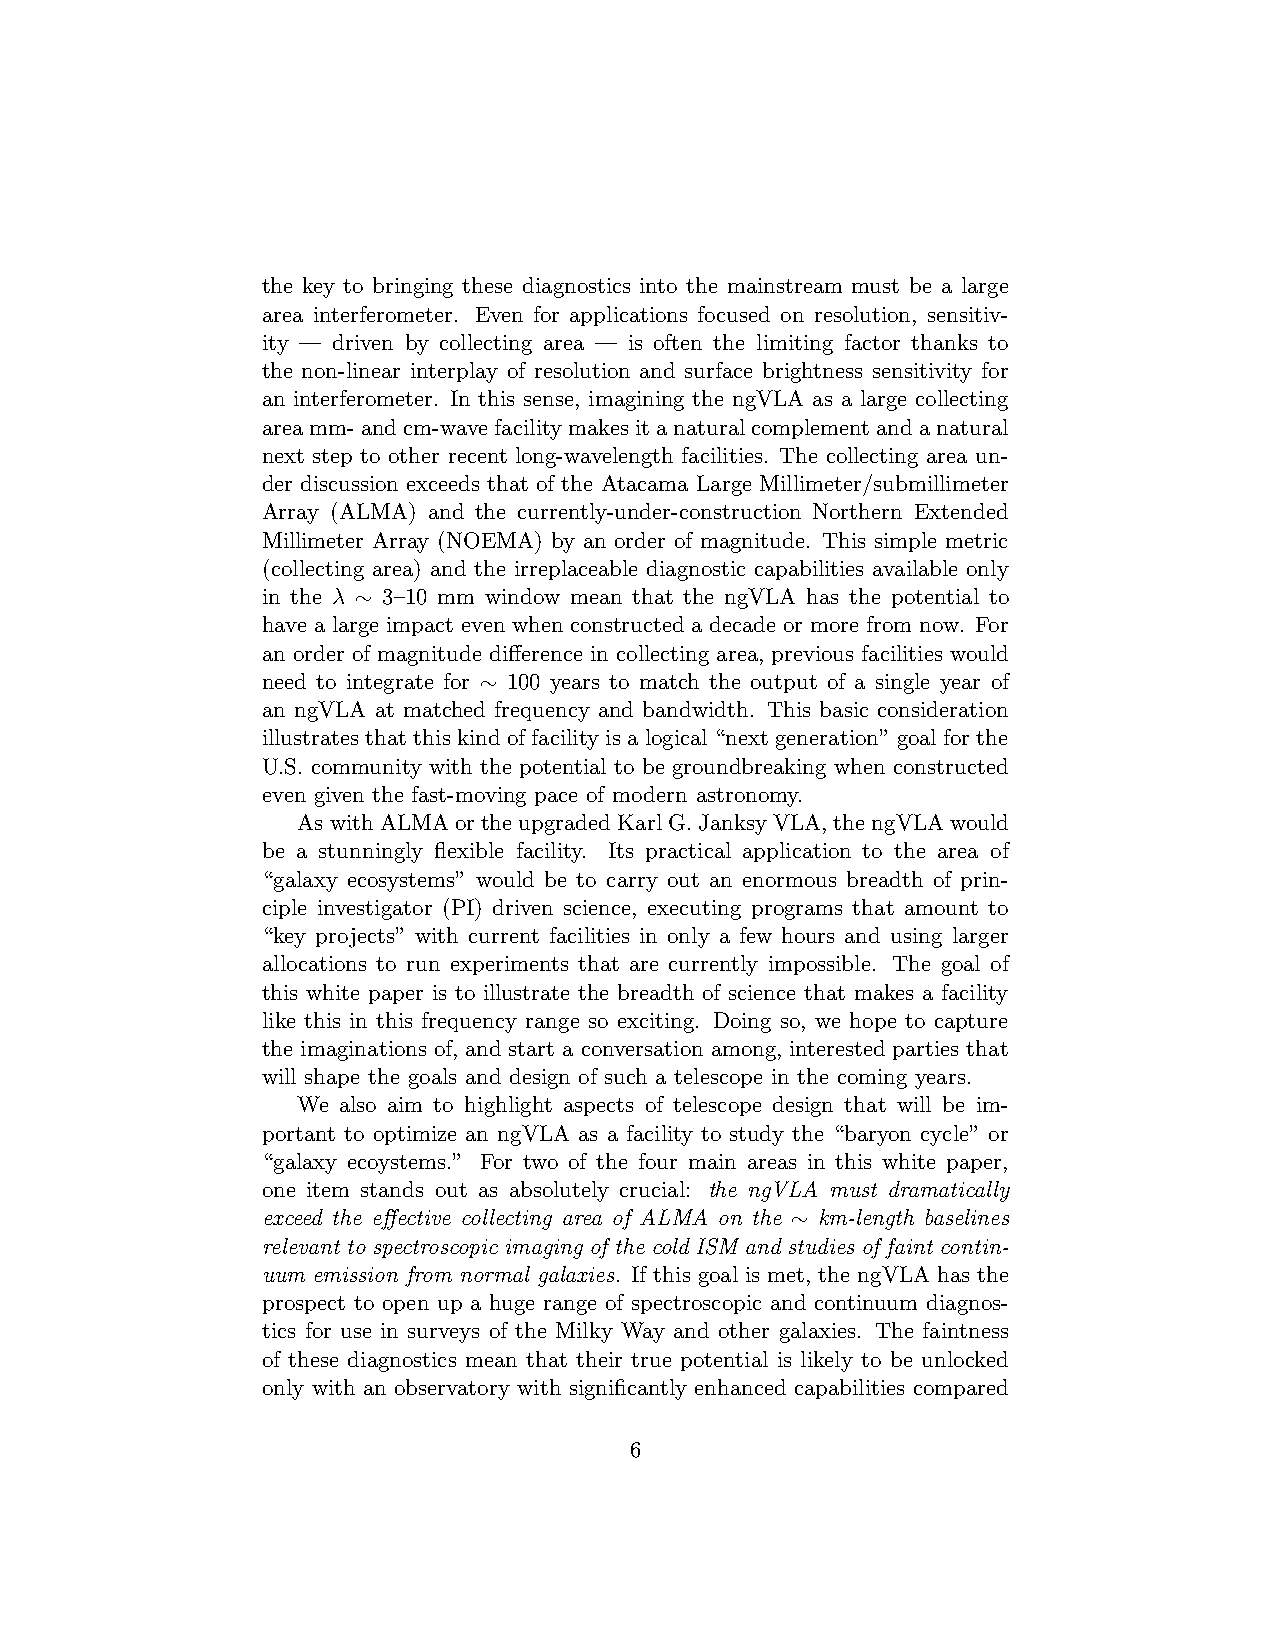
the key to bringing these diagnostics into the mainstream must be a large
 area interferometer. Even for applications focused on resolution, sensitiv-
 ity — driven by collecting area — is often the limiting factor thanks to
 the non-linear interplay of resolution and surface brightness sensitivity for
 an interferometer. In this sense, imagining the ngVLA as a large collecting
 areamm-andcm-wavefacilitymakesitanaturalcomplementandanatural
 next step to other recent long-wavelength facilities. The collecting area un-
 der discussion exceeds that of the Atacama Large Millimeter/submillimeter
 Array (ALMA) and the currently-under-construction Northern Extended
 Millimeter Array (NOEMA) by an order of magnitude. This simple metric
 (collecting area) and the irreplaceable diagnostic capabilities available only
 in the λ ∼ 3–10 mm window mean that the ngVLA has the potential to
 have a large impact even when constructed a decade or more from now. For
 an order of magnitude difference in collecting area, previous facilities would
 need to integrate for ∼ 100 years to match the output of a single year of
 an ngVLA at matched frequency and bandwidth. This basic consideration
 illustrates that this kind of facility is a logical “next generation” goal for the
 U.S. community with the potential to be groundbreaking when constructed
 even given the fast-moving pace of modern astronomy.
 AswithALMAortheupgradedKarlG.JanksyVLA,thengVLAwould
 be a stunningly flexible facility. Its practical application to the area of
 “galaxy ecosystems” would be to carry out an enormous breadth of prin-
 ciple investigator (PI) driven science, executing programs that amount to
 “key projects” with current facilities in only a few hours and using larger
 allocations to run experiments that are currently impossible. The goal of
 this white paper is to illustrate the breadth of science that makes a facility
 like this in this frequency range so exciting. Doing so, we hope to capture
 the imaginations of, and start a conversation among, interested parties that
 will shape the goals and design of such a telescope in the coming years.
 We also aim to highlight aspects of telescope design that will be im-
 portant to optimize an ngVLA as a facility to study the “baryon cycle” or
 “galaxy ecoystems.” For two of the four main areas in this white paper,
 one item stands out as absolutely crucial: the ngVLA must dramatically
 exceed the effective collecting area of ALMA on the ∼ km-length baselines
 relevant to spectroscopic imaging of the cold ISM and studies of faint contin-
 uum emission from normal galaxies. If this goal is met, the ngVLA has the
 prospect to open up a huge range of spectroscopic and continuum diagnos-
 tics for use in surveys of the Milky Way and other galaxies. The faintness
 of these diagnostics mean that their true potential is likely to be unlocked
 only with an observatory with significantly enhanced capabilities compared
 6